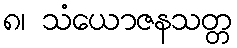
၈၊ သံယောဇနသတ္တ